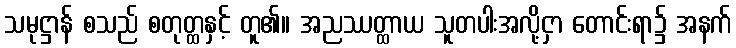
သမုဋ္ဌာန် စသည် စတုတ္ထနှင့် တူ၏။ အညဿတ္ထာယ သူတပါးအလို့ငှာ တောင်းရာ၌ အနက်